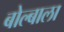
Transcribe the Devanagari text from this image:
बोल्बाला